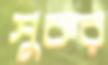
সুকর